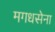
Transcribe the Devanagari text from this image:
मगधसेना